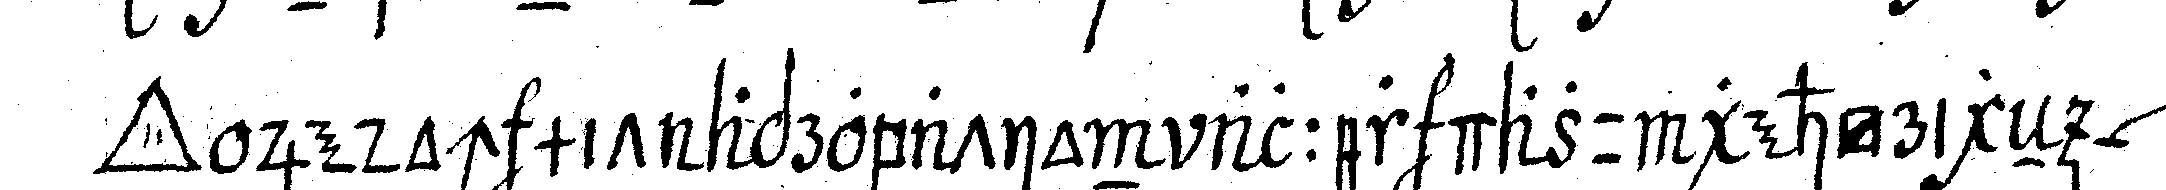
*tri..* jedoch mit aprobation aller dazu gehörigeN *nee*